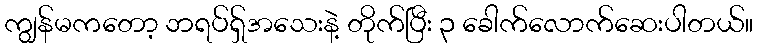
ကျွန်မကတော့ ဘရပ်ရှ်အသေးနဲ့ တိုက်ပြီး ၃ ခေါက်လောက်ဆေးပါတယ်။